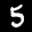
Label: 5